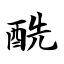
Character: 酰